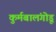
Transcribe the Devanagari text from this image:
कुर्मबालंगोडू